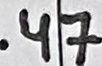
Text: .47